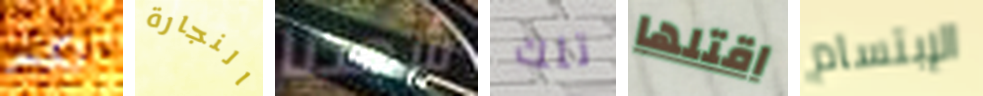
لكسر النجارة شهدنا تلك اقتلها الإبتسام